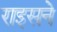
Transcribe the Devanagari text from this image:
राइसने